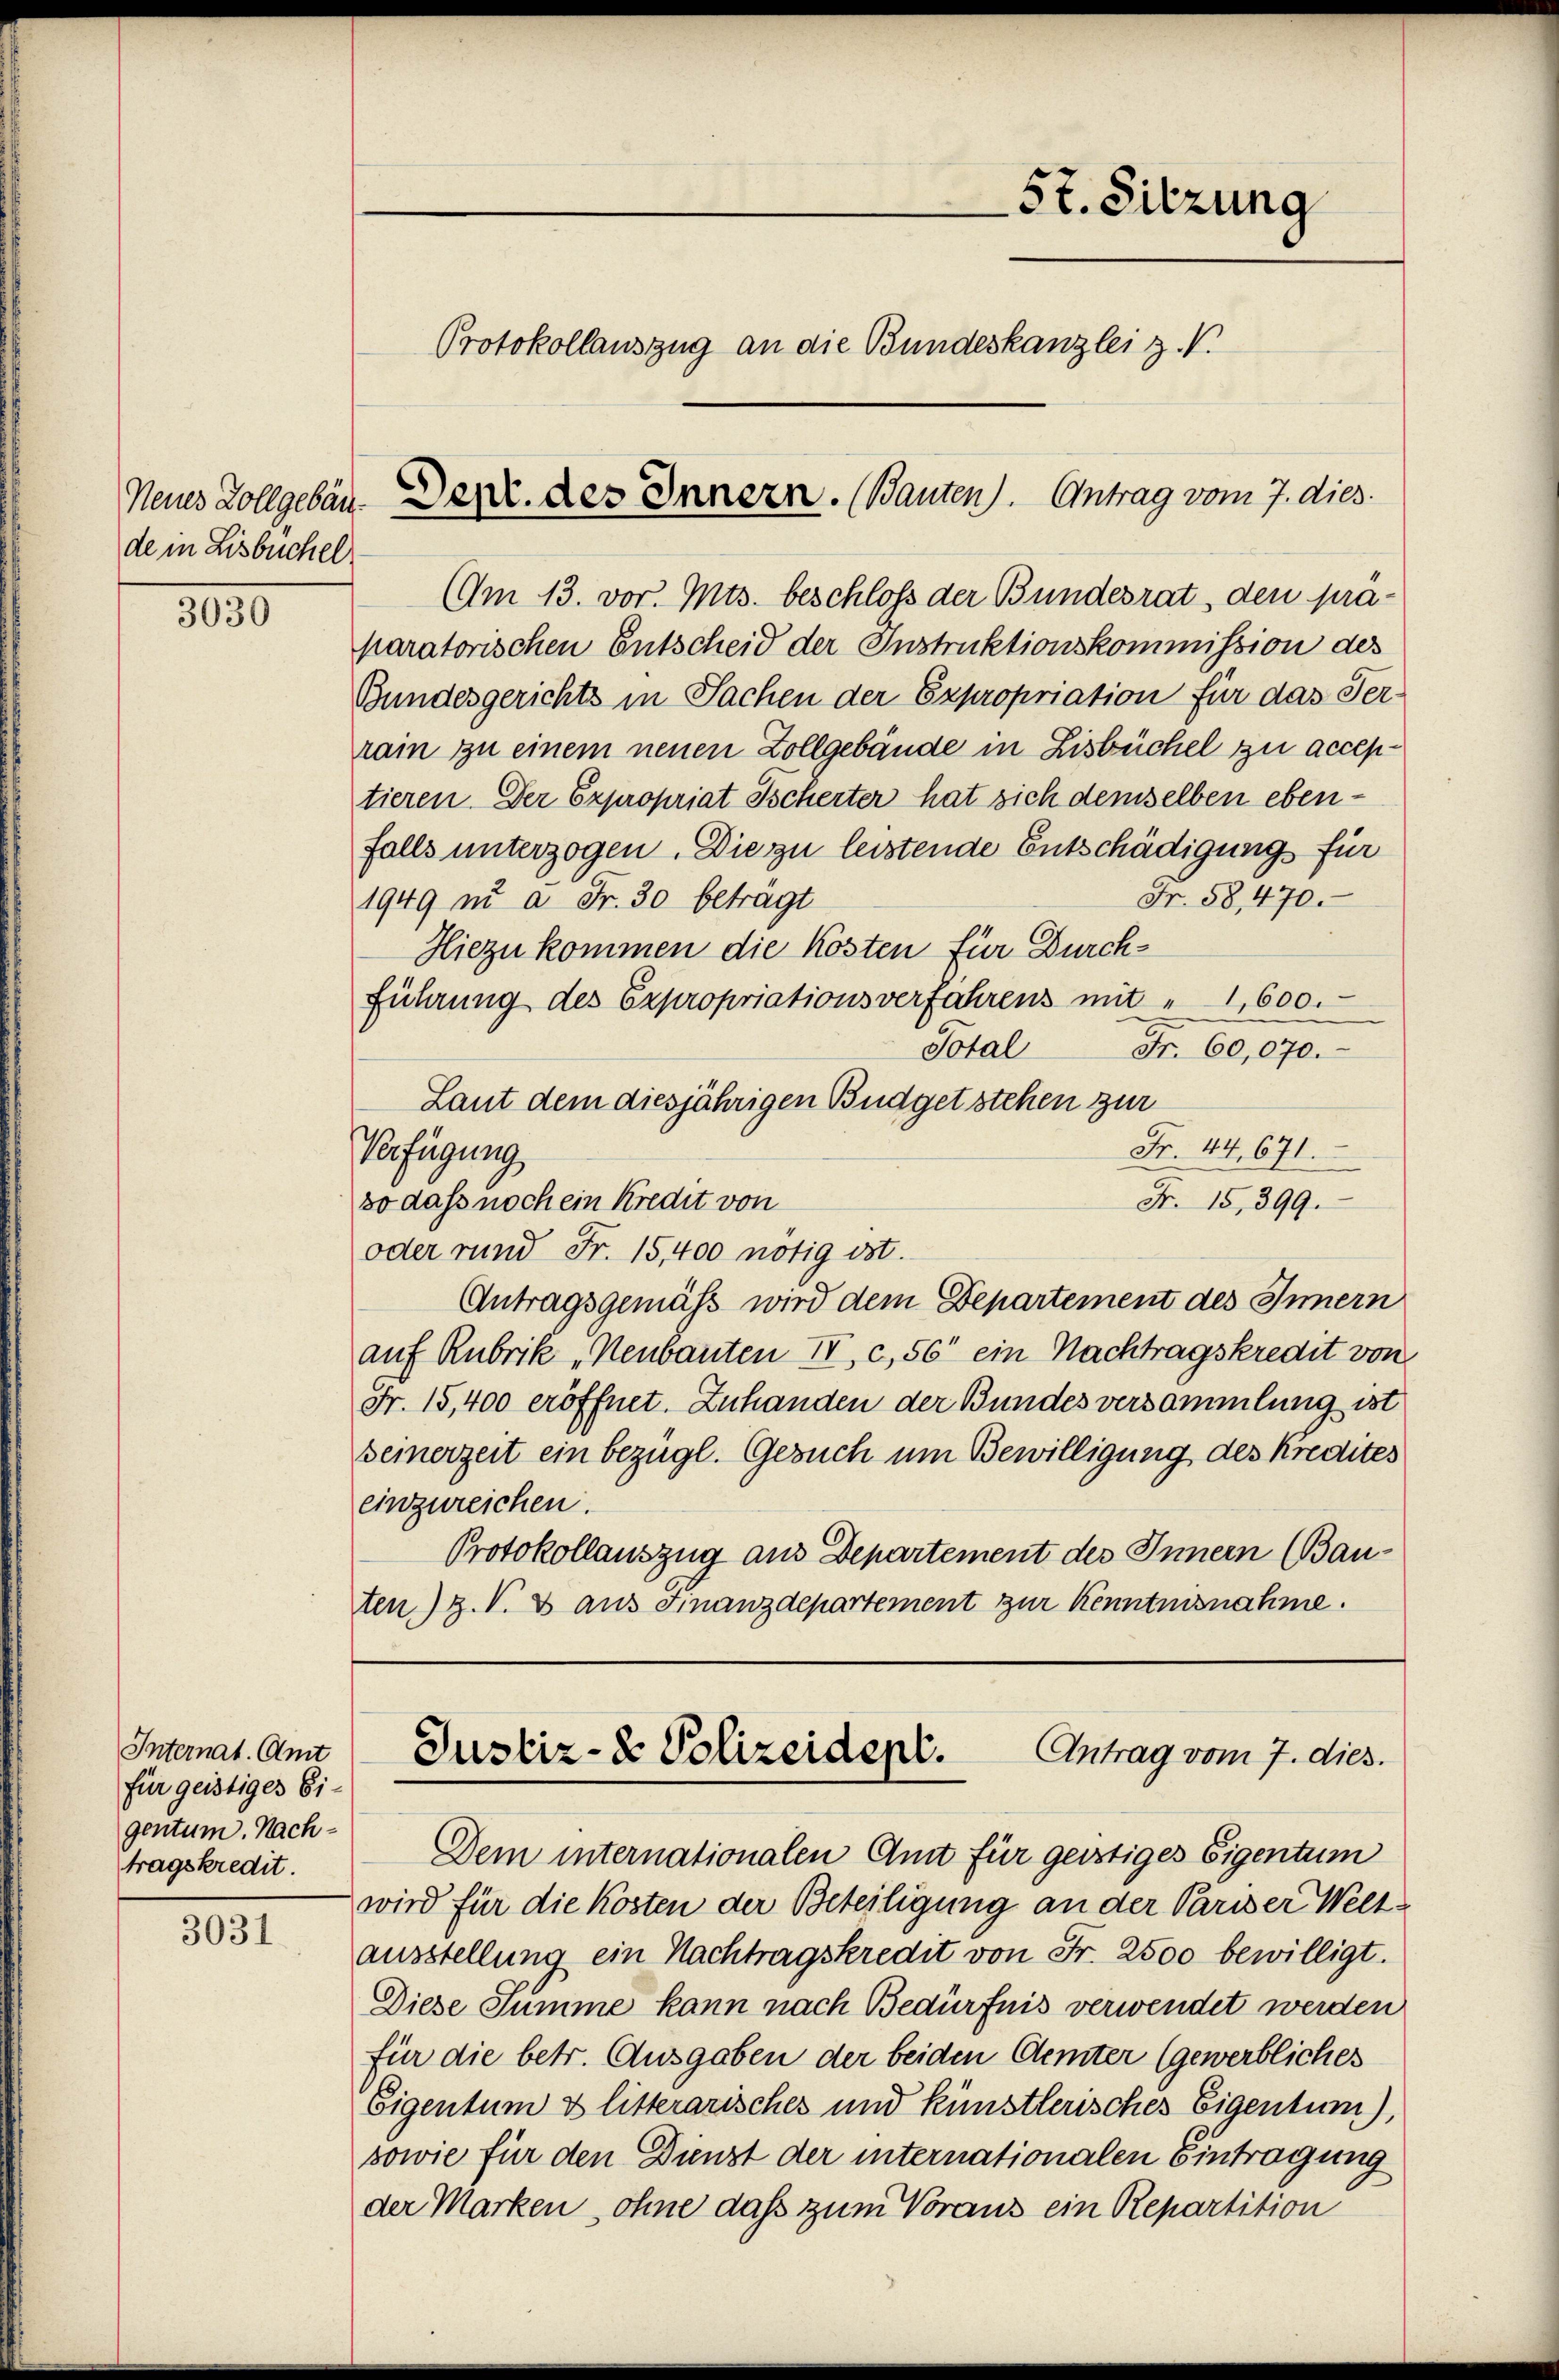
Neues Zollgebäu
de in Lisbuchel

3030

Internat. Amt
für geistiges Eigentum. Nachtragskredit.

3031

3t. Sitzung
Protokollauszug an die Bundeskanzlei z. V.
Denr. des Innern. (Bauten). Antrag vom 7. dies

AAm 13. vor. Mts. beschloß der Bundesrat, den präparatorischen Entscheid der Instruktionskommission des
Bundesgerichts in Sachen der Expropriation für das Ver-
rain zu einem neuen Zollgebäude in Lisbüchel zu acceptieren. Der Expropriat Tscherter hat sich demselben ebenfalls unterzogen. Die zu leistende Entschädigungs für
Fr. 58,470.
1949 in a. Fr. 30 beträgt
Hiezu kommen die Kosten für Durch¬
Führung des Expropriationsverfahrens mit " 1,600.
Total Fr. 60,070.
Laut dem diesjährigen Budgetstehen zur
Fr. 44, 671.
Verfügung
Fr. 15, 399.
so dass noch ein Kredit von
oder rund Fr. 15,400 nötig ist.
Antragsgemäß wird dem Departement des Innern
auf Rubrik „Neubauten IV, c, 56 ein Nachtragskredit von
Fr. 15,400 eröffnet. Zuhanden der Bundes versammlung ist
Beinerzeit ein bezügl. Gesuch um Bewilligung des Kredites
einzureichen.
Protokollauszug aus Departement des Innern (Bau-
ten) Z. V. B. aus Finanzdepartement zur Kenntnisnahme.

Antrag vom 7. dies.
Justiz- & Polizeidept.

Dem internationalen Amt für geistiges Eigentum
wird für die Kosten der Beteiligung an der Pariser Weltausstellung ein Nachtragskredit von Fr. 2500 bewilligt.
Diese Summe kann nach Bedürfnis verwendet werden
für die betr. Ausgaben der beiden Aemter (gewerbliches
Eigentum & litterarisches und künstlerisches Eigentum),
sowie für den Dunst der internationalen Eintragung
der Marken, ohne das zum Voraus ein Repartition